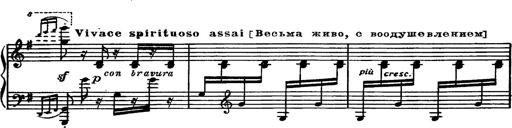
Title: Magyar rapszÃ³diÃ¡k
Composer: Franz Liszt